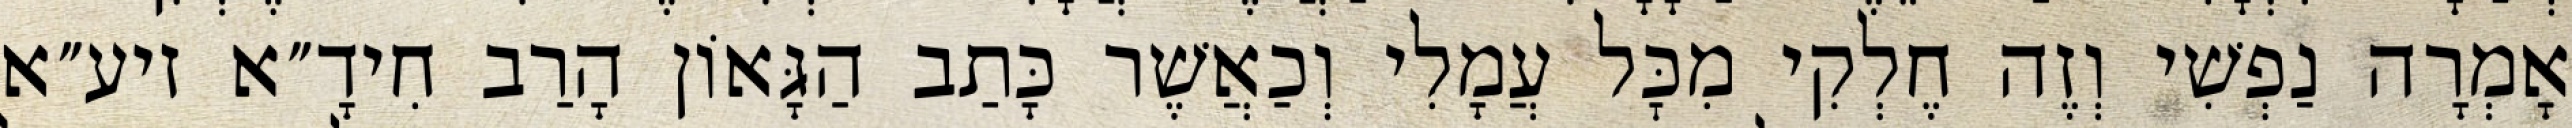
אָמְרָה נַפְשִׁי וְזֶה חֶלְקִי מִכׇּל עֲמָלִי וְכַאֲשֶׁר כָּתַב הַגָּאוֹן הָרַב חִידָ״א זיע״א